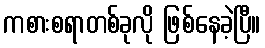
ကစားစရာတစ်ခုလို ဖြစ်နေခဲ့ပြီ။